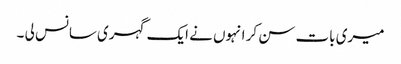
میری بات سن کر انہوں نے ایک گہری سانس لی ۔